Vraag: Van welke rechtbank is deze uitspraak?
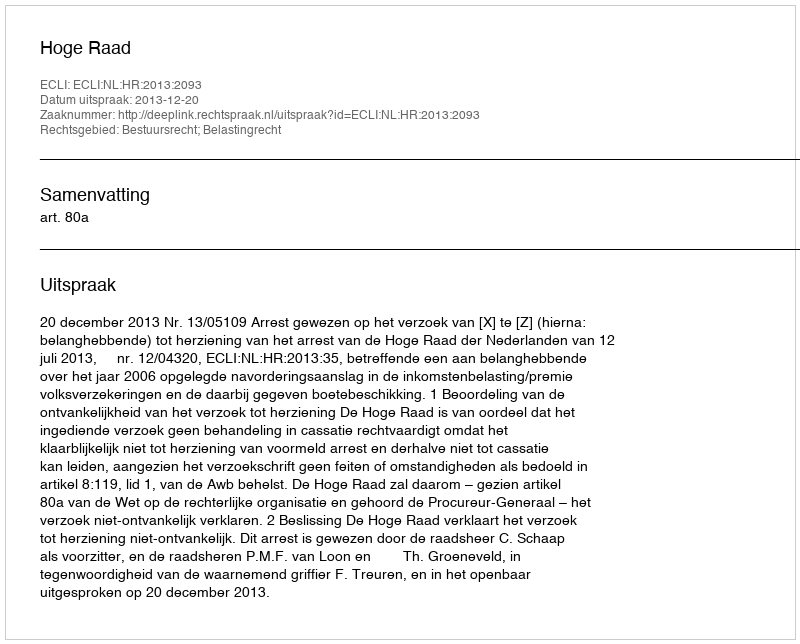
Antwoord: Hoge Raad